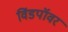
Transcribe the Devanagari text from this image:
विंडपॉवर